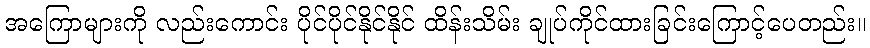
အကြောများကို လည်းကောင်း ပိုင်ပိုင်နိုင်နိုင် ထိန်းသိမ်း ချုပ်ကိုင်ထားခြင်းကြောင့်ပေတည်း။